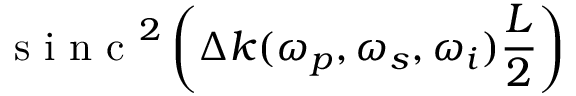
\mathrm { ~ s ~ i ~ n ~ c ~ } ^ { 2 } \left( \Delta k ( \omega _ { p } , \omega _ { s } , \omega _ { i } ) \frac { L } { 2 } \right)